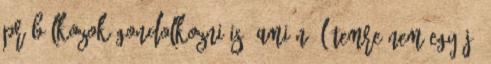
Próbálkozok gondolkozni is, ami nő létemre nem egy jó